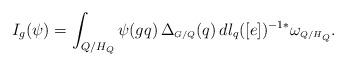
LaTeX: \begin{align*}I_g(\psi) =\int_{Q/H_{Q}} \psi(gq)\,\Delta_{\scriptscriptstyle G/Q}(q)\,dl_{q}([e])^{-1*}\omega_{\scriptscriptstyle Q/H_{Q}}.\end{align*}